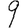
Digit: 9